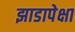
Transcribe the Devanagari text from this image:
झाडापेक्षा